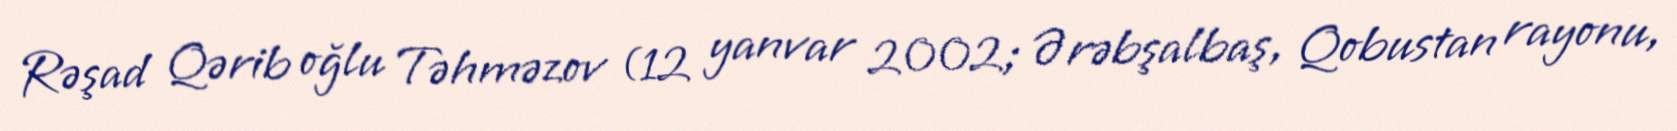
Rəşad Qərib oğlu Təhməzov (12 yanvar 2002; Ərəbşalbaş, Qobustan rayonu,